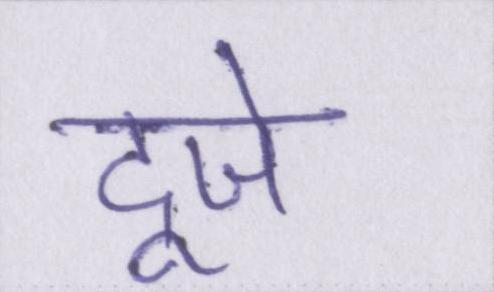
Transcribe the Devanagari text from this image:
दूजे